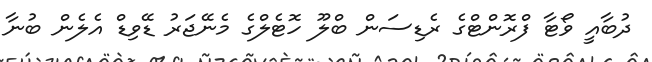
ދުބާއީ ވޯޓާ ފްރޮންޓްގެ ރެޑިސަން ބްލޫ ހޮޓެލްގެ މެނޭޖަރު ޑޭވިޑް އެލެން ބުނާ